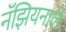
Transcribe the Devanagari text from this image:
नॅझियनाले